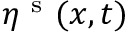
\eta ^ { \mathrm { ~ s ~ } } ( x , t )